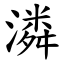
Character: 潾